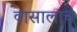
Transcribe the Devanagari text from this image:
वासालाच